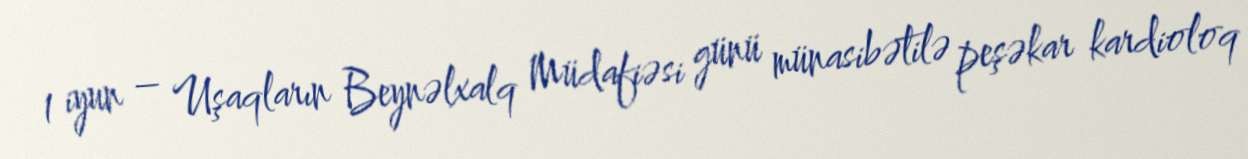
1 iyun – Uşaqların Beynəlxalq Müdafiəsi günü münasibətilə peşəkar kardioloq